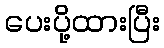
ပေးပို့ထားပြီး